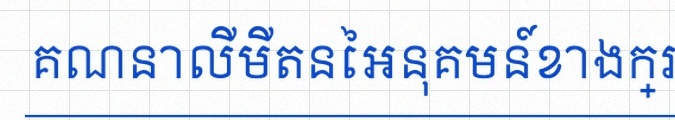
គណនាលីមីតនៃអនុគមន៍ខាងក្រោម